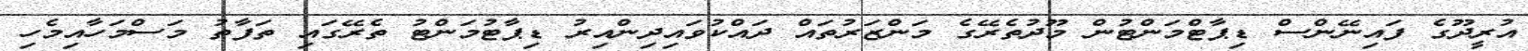
އުރީދޫގެ ފައިނޭންސް ޑިޕާޓްމަންޓުން މޫދުތެރޭގެ މަންޒަރުތައް ދައްކުވައިދިންއިރު ޑިޕާޓުމަންޓު ތެރޭގައި ތަފާތު މަސްމަހާއިމެހި